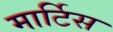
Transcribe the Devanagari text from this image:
मार्टिस